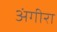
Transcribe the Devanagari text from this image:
अंगीरा